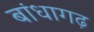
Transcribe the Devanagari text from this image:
बांधागढ़